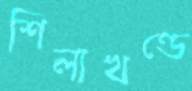
শিলাখণ্ডে